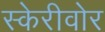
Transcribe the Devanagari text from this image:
स्केरीवोर